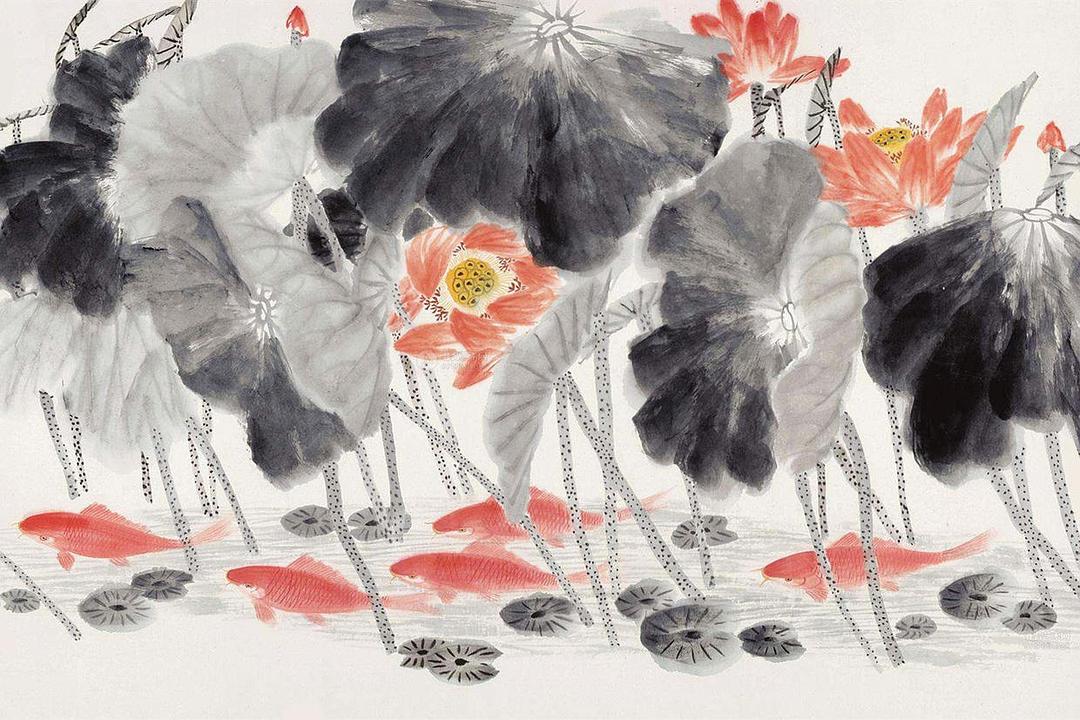
大江流日夜，客心悲未央。